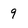
Character: 9